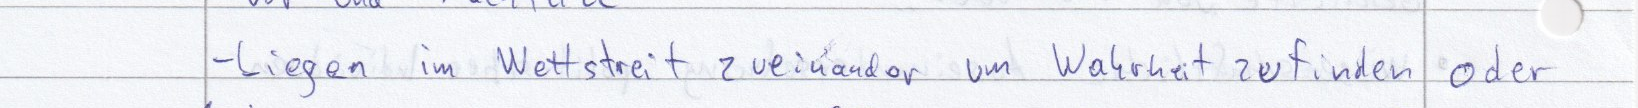
- Liegen im Wettstreit zueinander um Wahrheit zu finden oder